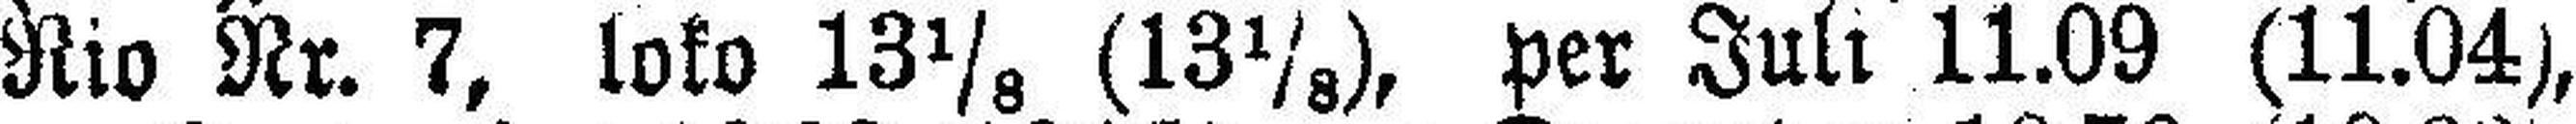
Rio Nr. 7, loko 13⅛ (13⅛), per Juli 11.09 (11.04),